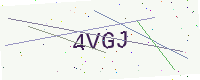
Text: 4VGJ